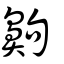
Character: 齁